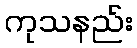
ကုသနည်း